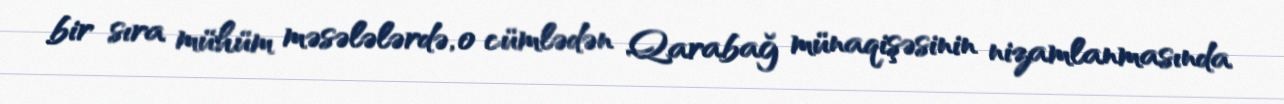
bir sıra mühüm məsələlərdə, o cümlədən Qarabağ münaqişəsinin nizamlanmasında